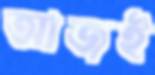
আজই